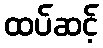
ထပ်ဆင့်